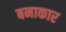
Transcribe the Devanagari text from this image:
बनाकार